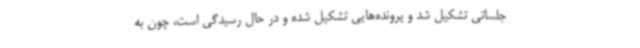
جلساتی تشکیل شد و پرونده‌هایی تشکیل شده و در حال رسیدگی است، چون به